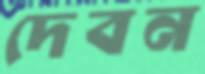
দেবন